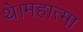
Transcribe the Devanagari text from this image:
थे।महात्मा